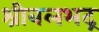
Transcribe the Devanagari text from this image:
श्रीबलभद्र